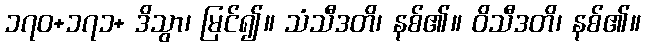
၁၇၀+၁၇၁+ ဒိသွာ၊ မြင်၍။ သံသီဒတိ၊ နစ်၏။ ဝိသီဒတိ၊ နစ်၏။